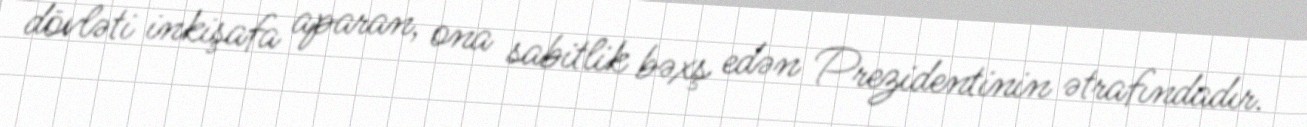
dövləti inkişafa aparan, ona sabitlik bəxş edən Prezidentinin ətrafındadır.